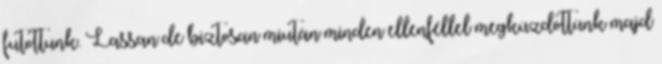
futottunk. Lassan de biztosan miután minden ellenféllel megküzdöttünk majd